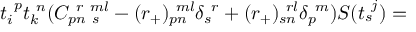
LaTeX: t _ { i } ^ { ~ p } t _ { k } ^ { ~ n } ( C _ { p n ~ s } ^ { ~ r ~ m l } - ( r _ { + } ) _ { p n } ^ { ~ m l } \delta _ { s } ^ { ~ r } + ( r _ { + } ) _ { s n } ^ { ~ r l } \delta _ { p } ^ { ~ m } ) S ( t _ { s } ^ { ~ j } ) =